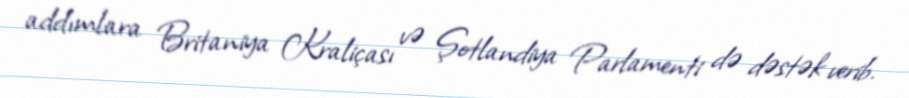
addımlara Britaniya Kraliçası və Şotlandiya Parlamenti də dəstək verib.